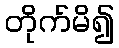
တိုက်မိ၍